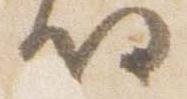
将